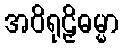
အဝိရုဠှိဓမ္မာ